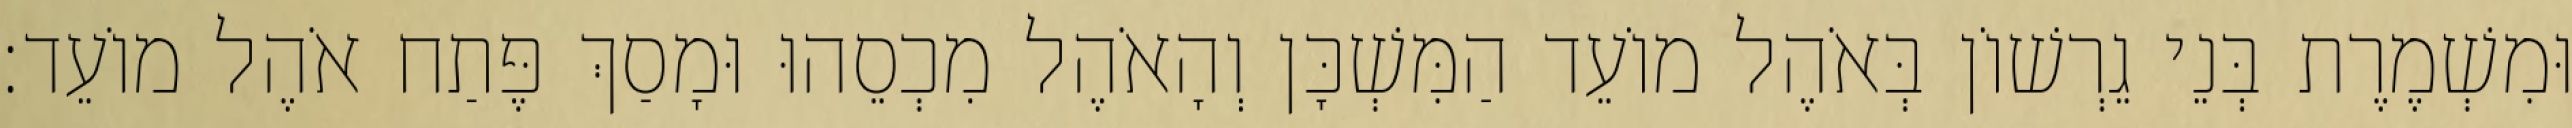
וּמִשְׁמֶרֶת בְּנֵי גֵרְשׁוֹן בְּאֹהֶל מוֹעֵד הַמִּשְׁכָּן וְהָאֹהֶל מִכְסֵהוּ וּמָסַךְ פֶּתַח אֹהֶל מוֹעֵד׃